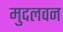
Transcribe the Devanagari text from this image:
मुदलवन